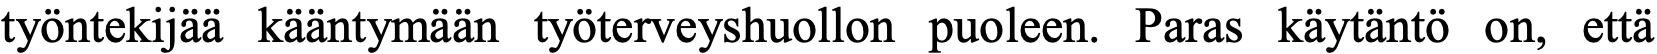
työntekijää kääntymään työterveyshuollon puoleen. Paras käytäntö on, että